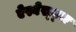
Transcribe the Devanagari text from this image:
ऐस्बेस्ट्स